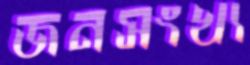
জনসংখ্য